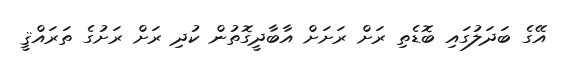
އޭގެ ބަދަލުގައި ބޮޑެތި ރަށް ރަށަށް އާބާދީގޮތުން ކުދި ރަށް ރަށުގެ ތަރައްޤީ